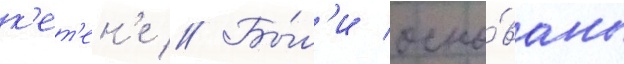
к'ет'ен'е // Бы́л'и осно́ваны